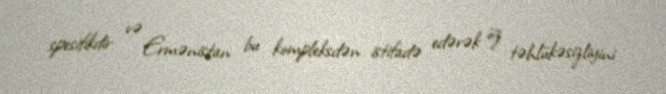
spesifikdir və Ermənistan bu kompleksdən istifadə edərək öz təhlükəsizliyini